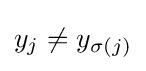
y_{j}\neq y_{\sigma (j)}